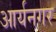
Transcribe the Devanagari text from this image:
आर्यनगर